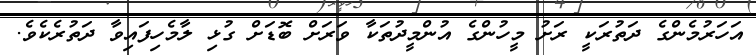
އަހަރުމެންގެ ދަތުރަކީ ރަށު މީހުންގެ އުންމީދުތަކާ ވަރަށް ބޮޑަށް ގުޅި ލާމެހިފައިވާ ދަތުރެކެވެ.